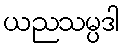
ယညသမ္ပဒါ